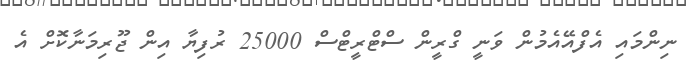
ނިންމައި އެފްއޭއެމުން ވަނީ ގްރީން ސްޓްރީޓްސް 25000 ރުފިޔާ އިން ޖޫރިމަނާކޮށް އެ